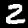
Label: 2